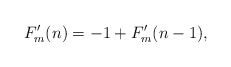
\begin{align*}F'_m(n)=-1+F'_m(n-1),\end{align*}